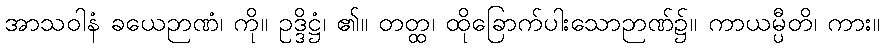
အာသဝါနံ ခယေဉာဏံ၊ ကို။ ဥဒ္ဒိဋ္ဌံ၊ ၏။ တတ္ထ၊ ထိုခြောက်ပါးသောဉာဏ်၌။ ကာယမ္ပီတိ၊ ကား။